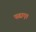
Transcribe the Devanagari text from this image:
पढाए।